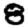
Digit: 8